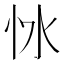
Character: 𢗷